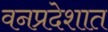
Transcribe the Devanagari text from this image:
वनप्रदेशात